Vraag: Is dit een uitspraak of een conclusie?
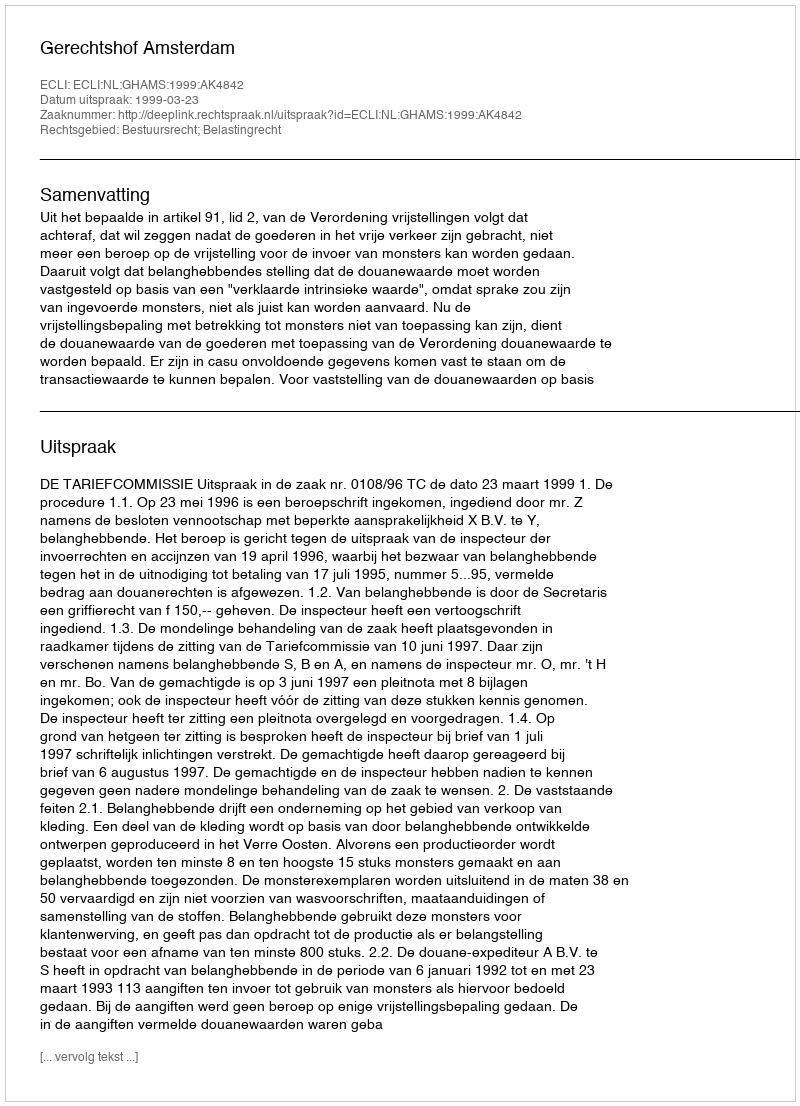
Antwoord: Uitspraak